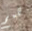
همم